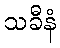
သခီနံ